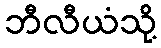
ဘီလီယံသို့